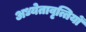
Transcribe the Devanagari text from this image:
अध्येतावृत्तियों